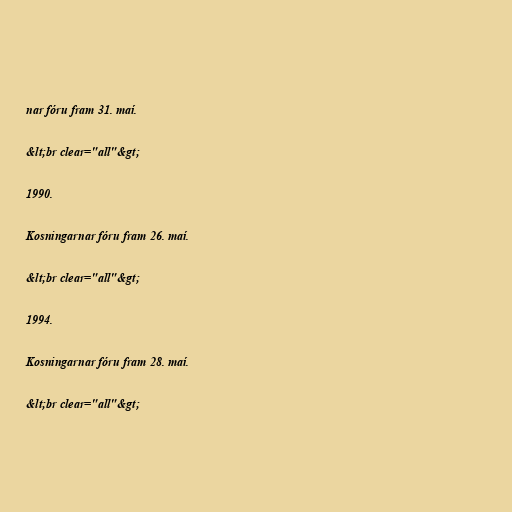
nar fóru fram 31. maí.

&lt;br clear="all"&gt;

1990.

Kosningarnar fóru fram 26. maí.

&lt;br clear="all"&gt;

1994.

Kosningarnar fóru fram 28. maí.

&lt;br clear="all"&gt;